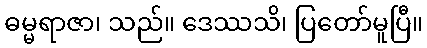
ဓမ္မရာဇာ၊ သည်။ ဒေဿသိ၊ ပြတော်မူပြီ။